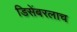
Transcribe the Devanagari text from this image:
डिसेंबरलाच